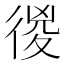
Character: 㣭